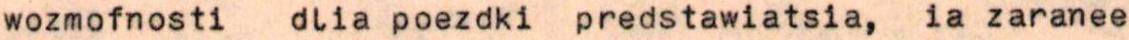
wozmofnosti dlia poezdki predstawiatsia, ia zaranee